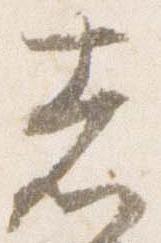
志